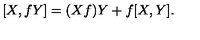
[ X , f Y ] = ( X f ) Y + f [ X , Y ] .